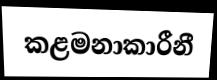
කළමනාකාරීනී